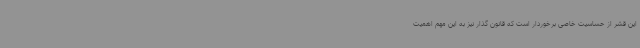
این قشر از حساسیت خاصی برخوردار است که قانون گذار نیز به این مهم اهمیت